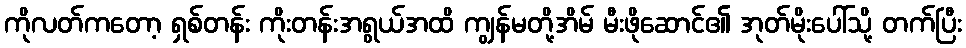
ကိုလတ်ကတော့ ရှစ်တန်း ကိုးတန်းအရွယ်အထိ ကျွန်မတို့အိမ် မီးဖိုဆောင်၏ အုတ်မိုးပေါ်သို့ တက်ပြီး